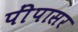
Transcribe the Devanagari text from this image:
पींपासर